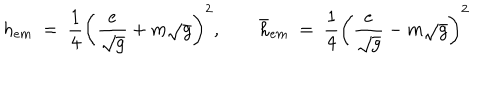
h _ { e m } ~ = ~ { \frac { 1 } { 4 } } \left( { \frac { e } { \sqrt { g } } } + m \sqrt { g } \right) ^ { 2 } , \qquad \bar { h } _ { e m } ~ = ~ { \frac { 1 } { 4 } } \left( { \frac { e } { \sqrt { g } } } - m \sqrt { g } \right) ^ { 2 }